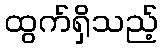
ထွက်ရှိသည့်